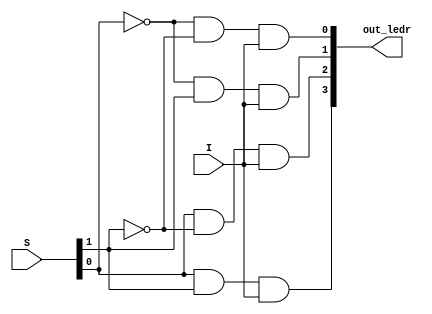

module Demux(
    input wire [1:0] S,
	input wire I,
	
	output wire [3:0] out_ledr
);

    assign out_ledr[0] = !S[0] && !S[1] && I;
    assign out_ledr[1] = !S[0] && S[1] && I;
    assign out_ledr[2] = S[0] && !S[1] && I;
    assign out_ledr[3] = S[0] && S[1] && I;


    
endmodule